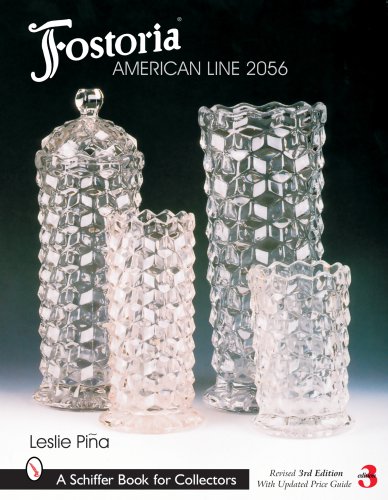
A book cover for Fostoria American Line 2056 (Schiffer Book for Collectors); Leslie A. Pina; Humor & Entertainment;